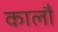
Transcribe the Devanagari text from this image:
कालौं